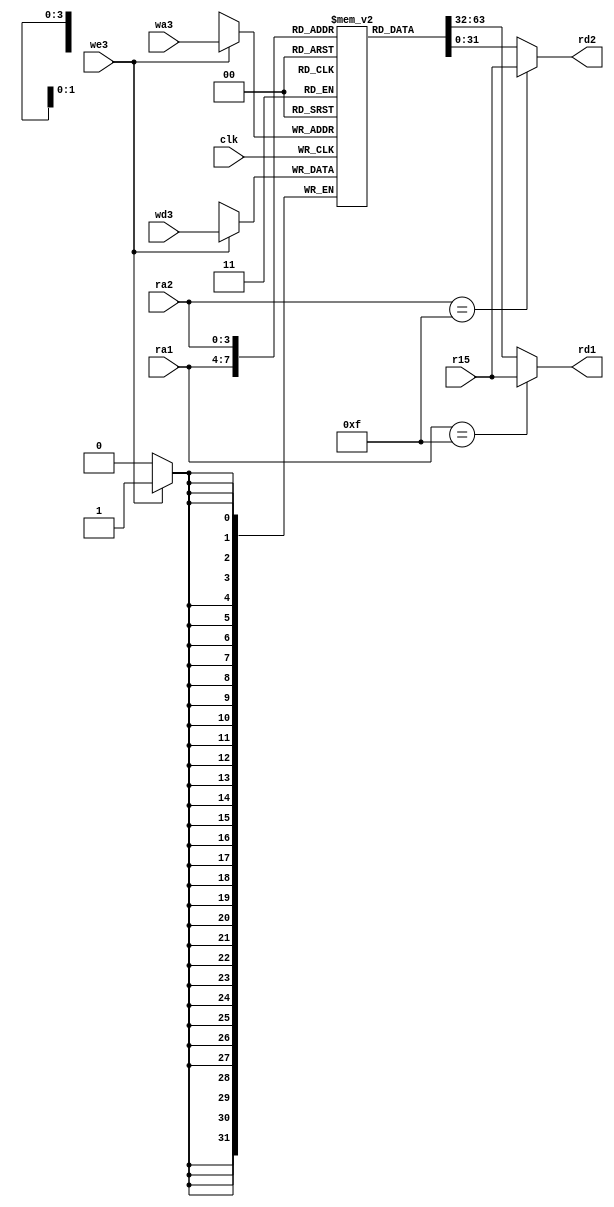
module regfile (
	clk,
	we3,
	ra1,
	ra2,
	wa3,
	wd3,
	r15,
	rd1,
	rd2
);
	input wire clk;
	input wire we3;
	input wire [3:0] ra1;
	input wire [3:0] ra2;
	input wire [3:0] wa3;
	input wire [31:0] wd3;
	input wire [31:0] r15;
	output wire [31:0] rd1;
	output wire [31:0] rd2;
	reg [31:0] rf [14:0];
	always @(posedge clk)
		if (we3)
			rf[wa3] <= wd3;
	assign rd1 = (ra1 == 4'b1111 ? r15 : rf[ra1]);
	assign rd2 = (ra2 == 4'b1111 ? r15 : rf[ra2]);
endmodule